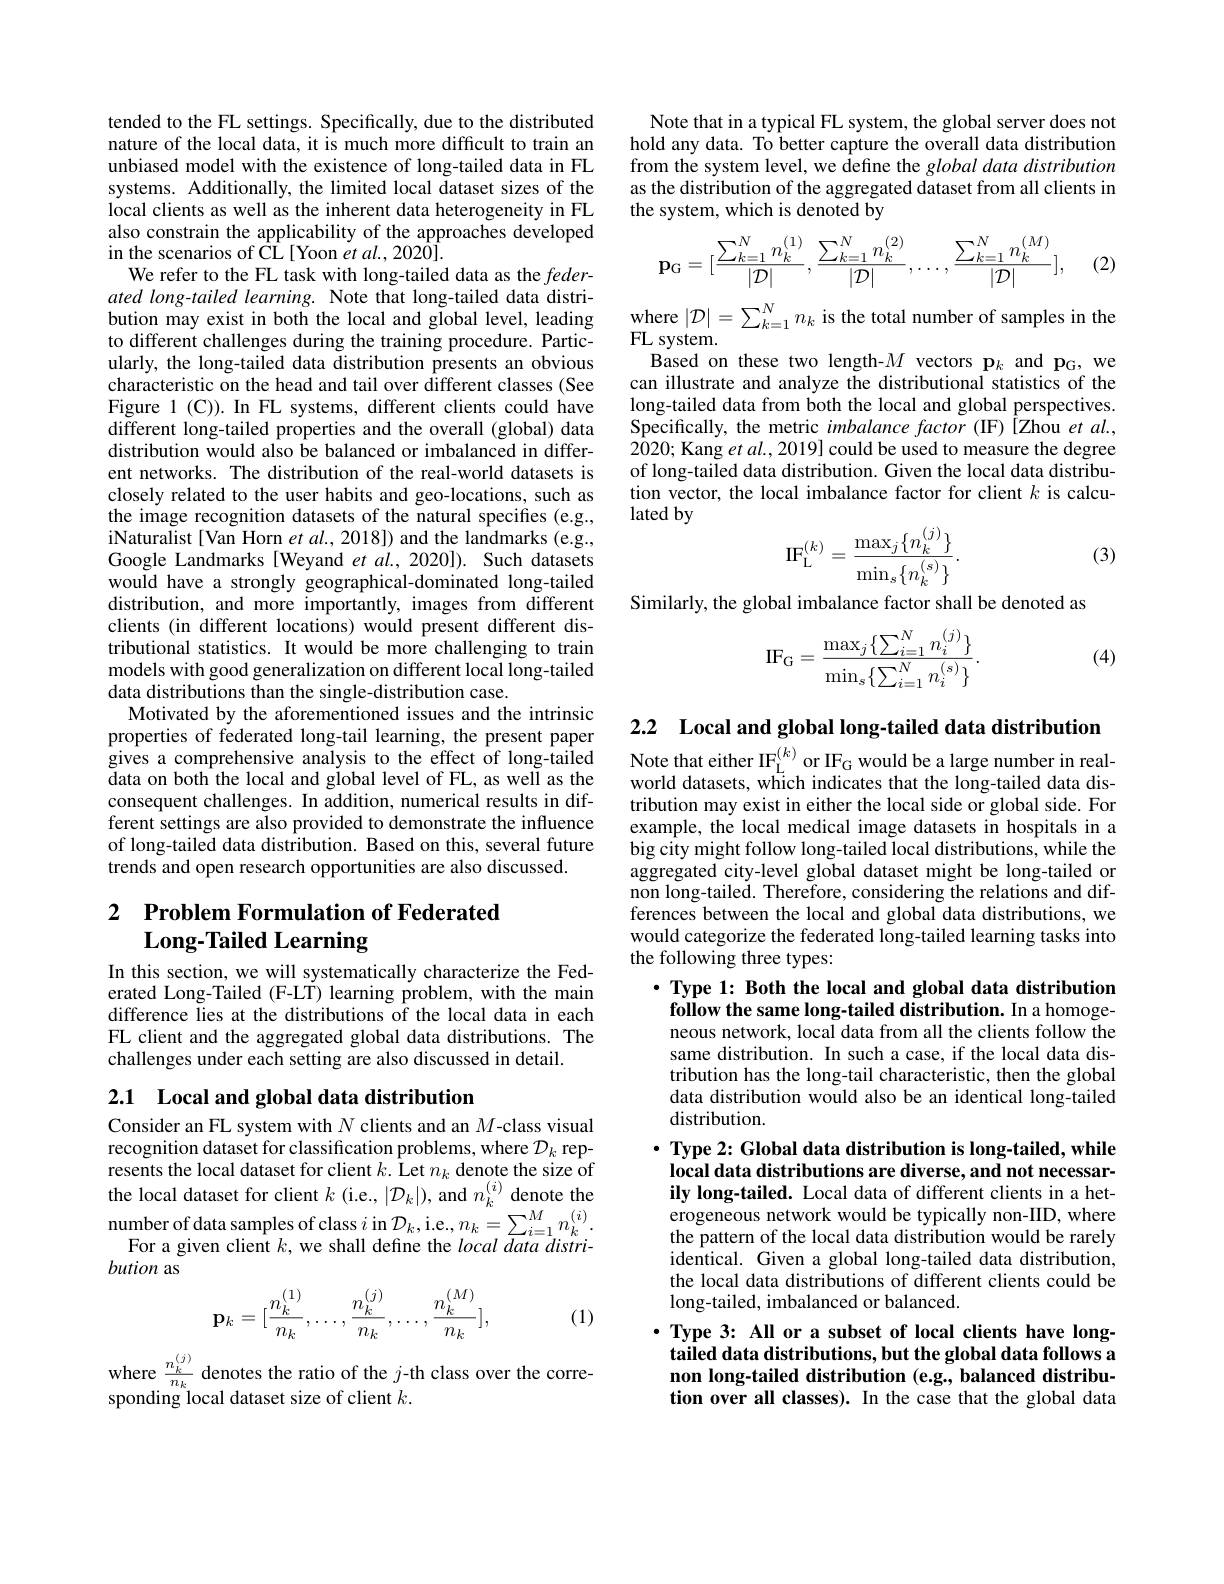
tended to the FL settings. Specifically, due to the distributed nature of the local data, it is much more difficult to train an unbiased model with the existence of long-tailed data in FL systems. Additionally, the limited local dataset sizes of the local clients as well as the inherent data heterogeneity in FL also constrain the applicability of the approaches developed in the scenarios of CÎ [Yoon $\dot{e} t\textit{al. , 202\^ {0}] }.$
We refer to the FL task with long-tailed data as the federated long-tailed learning. Note that long-tailed data distribution may exist in both the local and global level, leading to different challenges during the training procedure. Particularly, the long-tailed data distribution presents an obvious characteristic on the head and tail over different classes (See Figure 1(C)). In FL systems, different clients could have different long-tailed properties and the overall (global) data distribution would also be balanced or imbalanced in different networks. The distribution of the real-world datasets is closely related to the user habits and geo-locations, such as the image recognition datasets of the natural specifies (e.g., $\begin{array}{c}{\mathrm{iNaturalist~[Van~Horn~et~al.,~2018])~and~the~landmarks~(e.g.,}}\\{\mathrm{iNaturalist~[Van~Horn~et~al.,~2018])~and~the~landmarks~(e.g.,}}\end{array}$ Google Landmarks [Weyand et al.,2020]). Such datasets would have a strongly geographical-dominated long-tailed distribution, and more importantly, images from different clients (in different locations) would present different distributional statistics. It would be more challenging to train models with good generalization on different local long-tailed data distributions than the single-distribution case.
Motivated by the aforementioned issues and the intrinsic properties of federated long-tail learning, the present paper gives a comprehensive analysis to the effect of long-tailed data on both the local and global level of FL, as well as the consequent challenges. In addition, numerical results in different settings are also provided to demonstrate the influence of long-tailed data distribution. Based on this, several future trends and open research opportunities are also discussed.

## 2 $\textbf{Problem Formulation of Federated}$ $\mathbf{Long-Tailed~Learning}$

In this section, we will systematically characterize the Federated Long-Tailed (F-LT) learning problem, with the main difference lies at the distributions of the local data in each FL client and the aggregated global data distributions. The challenges under each setting are also discussed in detail.

## 2.1 Local and global data distribution

Consider an FL system with $N$ clients and an $M$-class visual recognition dataset for classification problems, where $\mathcal{D}_k$ represents the local dataset for client $k. \text{\^ {L}et}n_k$ denote the size of the local dataset for client $k$ (i.e., $|\mathcal{D}_k|)$, and $n_k^{(i)}$ denote the number of data samples of class $i$ in $\mathcal{D}_k$,i.e.$n_k=\sum_i=1^Mn_k^{(i)}.$
For a given client $k$,we shall define the local data distri-
bution as
$$\mathbf{p}_k=[\frac{n_k^{(1)}}{n_k},\ldots,\frac{n_k^{(j)}}{n_k},\ldots,\frac{n_k^{(M)}}{n_k}],$$
(1)

where $\frac{n_k^{(j)}}{n_k}$ denotes the ratio of the $j$-th class over the corre-
sponding local dataset size of client $k.$

Note that in a typical FL system, the global server does not hold any data. To better capture the overall data distribution from the system level, we define the global data distribution as the distribution of the aggregated dataset from all clients in the system, which is denoted by
$$\mathbf{p}_{\mathrm{G}}=[\frac{\sum_{k=1}^Nn_k^{(1)}}{|\mathcal{D}|},\frac{\sum_{k=1}^Nn_k^{(2)}}{|\mathcal{D}|},\ldots,\frac{\sum_{k=1}^Nn_k^{(M)}}{|\mathcal{D}|}],$$
(2)

where $|\mathcal{D}|=\sum_{k=1}^Nn_k$ is the total number of samples in the
FL system.
Based on these two length-$M$ vectors p$_k$ and p$_{\mathrm{G}}$, we can illustrate and analyze the distributional statistics of the long-tailed data from both the local and global perspectives. Specifically, the metric imbalance factor (IF) [Zhou et al., 2020; Kang et al., 2019] could be used to measure the degree of long-tailed data distribution. Given the local data distribution vector, the local imbalance factor for client $k$ is calculated by
$$\mathrm{IF}_{\mathrm{L}}^{(k)}=\frac{\max_{j}\{n_{k}^{(j)}\}}{\min_{s}\{n_{k}^{(s)}\}}.$$
(3)

Similarly, the global imbalance factor shall be denoted as

(4)
$$\mathrm{IF_G}=\frac{\max_j\{\sum_{i=1}^Nn_i^{(j)}\}}{\min_s\{\sum_{i=1}^Nn_i^{(s)}\}}.$$
2.2 Local and global long-tailed data distribution

Note that either I$\mathrm{F}_{\mathrm{L}}^{(k)}$ or IF$_\mathrm{G}$ would be a large number in realworld datasets, which indicates that the long-tailed data distribution may exist in either the local side or global side. For example, the local medical image datasets in hospitals in a big city might follow long-tailed local distributions, while the aggregated city-level global dataset might be long-tailed or non long-tailed. Therefore, considering the relations and differences between the local and global data distributions, we would categorize the federated long-tailed learning tasks into the following three types:

$\cdot$ Type 1: Both the local and global data distribution follow the same long-tailed distribution. In a homogeneous network, local data from all the clients follow the same distribution. In such a case, if the local data distribution has the long-tail characteristic, then the global data distribution would also be an identical long-tailed distribution.

$\cdot \textbf{Type 2: Global data distribution is long- tailed, while}$ local data distributions are diverse, and not necessarily long-tailed. Local data of different clients in a heterogeneous network would be typically non-IID, where the pattern of the local data distribution would be rarely identical. Given a global long-tailed data distribution, the local data distributions of different clients could be long-tailed, imbalanced or balanced.
$\cdot$Type 3: All or a subset of local clients have long-
tailed data distributions, but the global data follows a non long-tailed distribution (e.g., balanced distribution over all classes). In the case that the global data